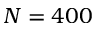
N = 4 0 0